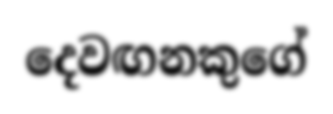
දෙවඟනකුගේ